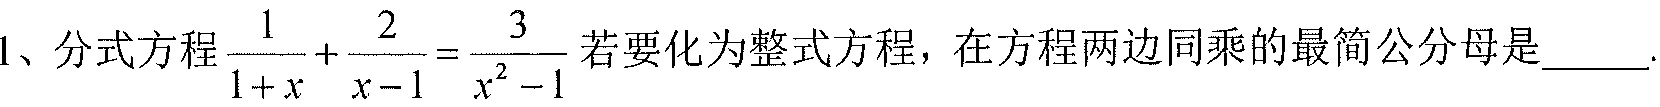
1、分式方程$\dfrac{1}{1 + x}+\dfrac{2}{x - 1}=\dfrac{3}{x^{2}-1}$若要化为整式方程，在方程两边同乘的最简公分母是____.